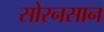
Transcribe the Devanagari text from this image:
सोरनसान